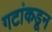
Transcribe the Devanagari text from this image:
गटांकडून